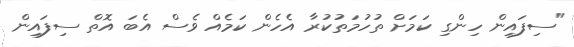
"ސިފައިން ހިންގި ކަމަށް ތުހުމަތުކުރާ އެހެން ކަމެއް ވެސް އެބަ އޮތް ސިފައިން